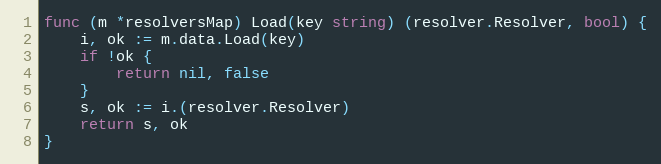
Language: Go
func (m *resolversMap) Load(key string) (resolver.Resolver, bool) {
	i, ok := m.data.Load(key)
	if !ok {
		return nil, false
	}
	s, ok := i.(resolver.Resolver)
	return s, ok
}